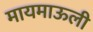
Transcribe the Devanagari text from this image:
मायमाऊली